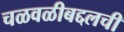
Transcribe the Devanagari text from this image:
चळवळीबद्दलची